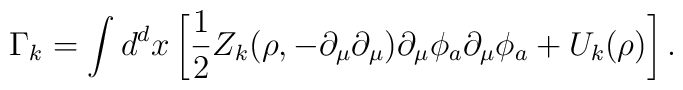
\Gamma_{k}=\int d^{d}x\left[\frac{1}{2}Z_{k}(\rho,-\partial_{\mu}\partial_{\mu})\partial_{\mu}\phi_{a}\partial_{\mu}\phi_{a}+U_{k}(\rho)\right].